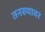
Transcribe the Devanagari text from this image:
तनख्यावर